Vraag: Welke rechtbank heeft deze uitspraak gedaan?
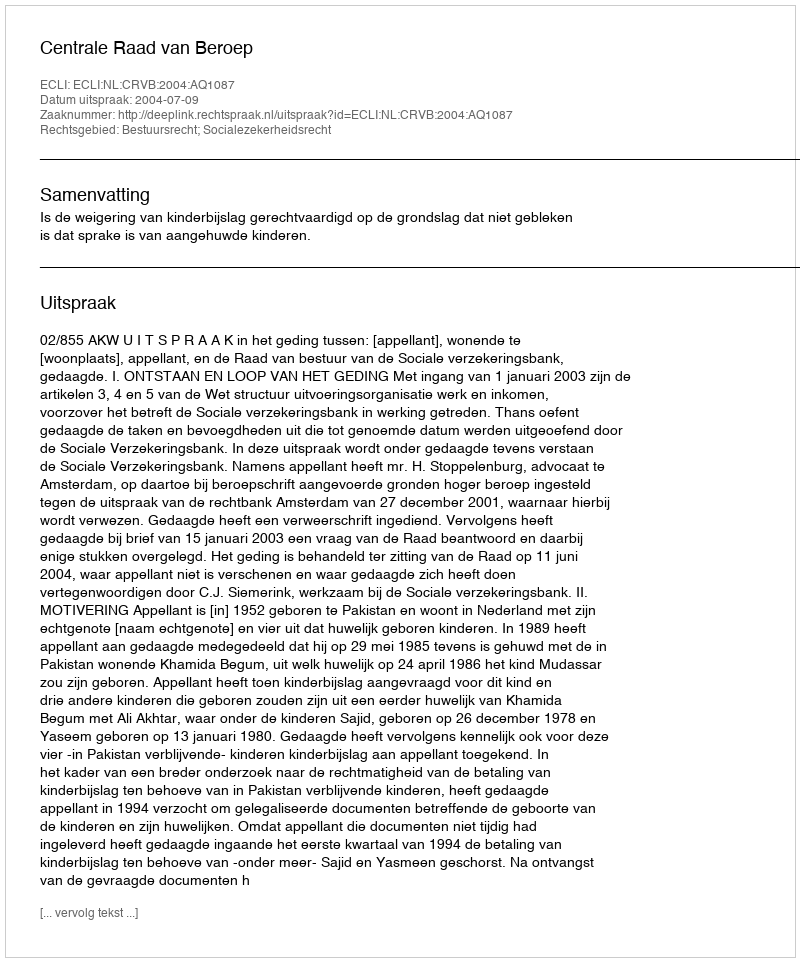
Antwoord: Centrale Raad van Beroep